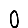
Digit: 0